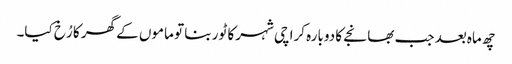
چھ ماہ بعد جب بھانجے کا دوبارہ کراچی شہر کا ٹور بنا تو ماموں کے گھر کا رُخ کیا۔